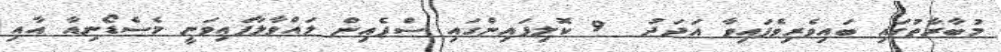
މުބާރާތުގައި ބައިވެރިވެފައިވާ އަދަދު  9 ކޮލިފައިންގައި ސްޕެއިން ލައްވާލާފައިވަނީ މެސެޑޯނިއާ އާއި